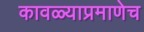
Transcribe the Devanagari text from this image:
कावळ्याप्रमाणेच